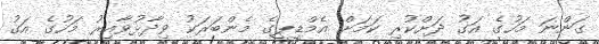
ގަންނަ މަހުގެ އަގު ދަށްކުރި ކަމަށް އެމްޑީޕީގެ މެންބަރަކު ވިދާޅުވާއިރު މަހުގެ އަގު